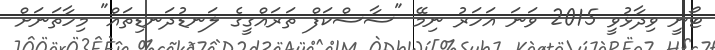
ޓޯނީ ވިދާޅުވީ 2015 ވަނަ އަހަރު ނިމޭ "ސާސްކަފް ތަރައްގީގެ ލަނޑުދަނޑިތައް" މިހާތަނަށް